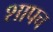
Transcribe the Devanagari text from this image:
शापच